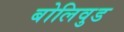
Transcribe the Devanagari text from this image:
बोलिवुड